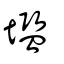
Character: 壏